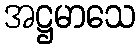
အဋ္ဌမာသေ